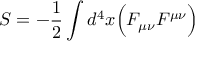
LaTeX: S = - { \frac { 1 } { 2 } } \int d ^ { 4 } x { \Big ( } F _ { \mu \nu } F ^ { \mu \nu } { \Big ) }